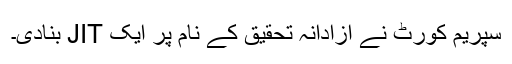
سپریم کورٹ نے آزادانہ تحقیق کے نام پر ایک JIT بنادی۔